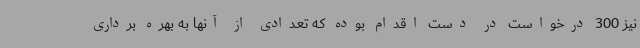
نیز 300 درخواست در دست اقدام بوده که تعدادی از آنها به بهره برداری